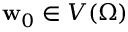
\mathbf { w } _ { 0 } \in V ( \Omega )